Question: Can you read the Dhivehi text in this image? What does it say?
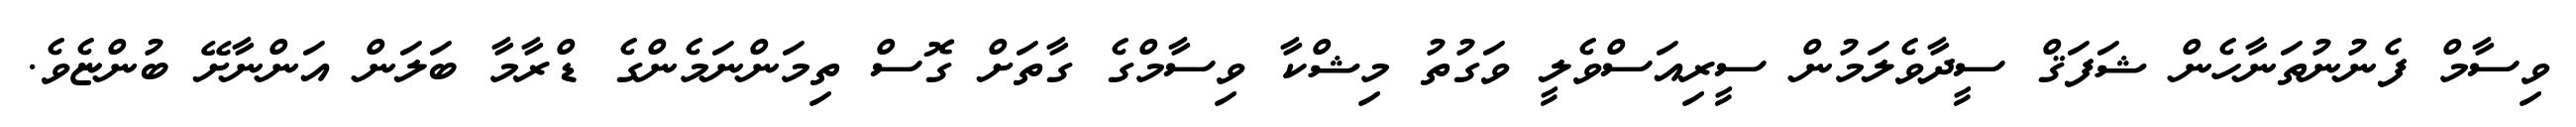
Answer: ވިސާމް ފެނުނުތަނާހެން ޝަފަޤް ސީދާވެލަމުން ސީރިއަސްވެލީ ވަގުތު މިޝްކާ ވިސާމްގެ ގާތަށް ގޮސް ތިމަންނަމެންގެ ޑްރާމާ ބަލަން އަންނާށޭ ބުންޏެވެ.